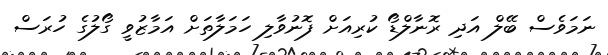
ނަމަވެސް ބޭލް އަދި ރޮނާލްޑޯ ކުރިއަށް ފޮނުވާލި ހަމަލާތަށް އަމާޒުވީ ގޯލުގެ ހުރަސް